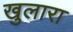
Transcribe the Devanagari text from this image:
खुलारा